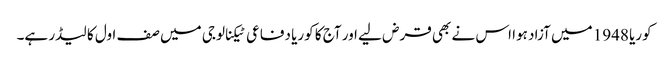
کوریا 1948 میں آزاد ہوا اس نے بھی قرض لیے اور آج کا کوریا دفاعی ٹیکنالوجی میں صف اول کا لیڈر ہے۔